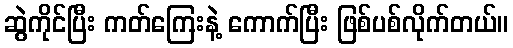
ဆွဲကိုင်ပြီး ကတ်ကြေးနဲ့ ကောက်ပြီး ဖြစ်ပစ်လိုက်တယ်။